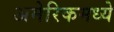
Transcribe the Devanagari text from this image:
अमेरिकमध्ये